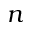
n